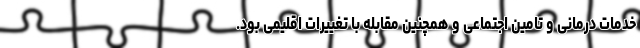
خدمات درمانی و تامین اجتماعی و همچنین مقابله با تغییرات اقلیمی بود.